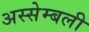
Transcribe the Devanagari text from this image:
अस्सेम्बली